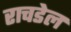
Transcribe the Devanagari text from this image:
राचडेल